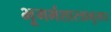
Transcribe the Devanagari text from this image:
भूगर्भशास्त्रानुसार